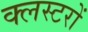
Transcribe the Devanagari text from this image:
क्लस्टरों